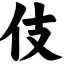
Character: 伎